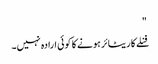
"
فنلے کا ریٹائر ہونے کا کوئی ارادہ نہیں۔